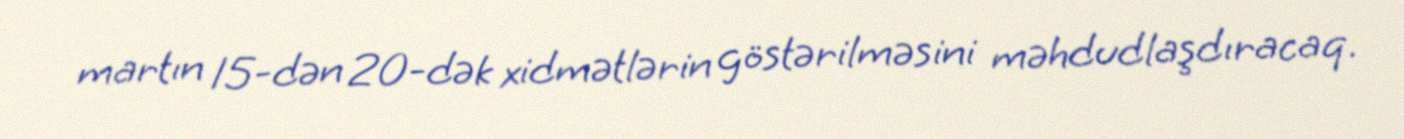
martın 15-dən 20-dək xidmətlərin göstərilməsini məhdudlaşdıracaq.